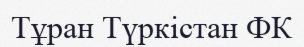
Тұран Түркістан ФК